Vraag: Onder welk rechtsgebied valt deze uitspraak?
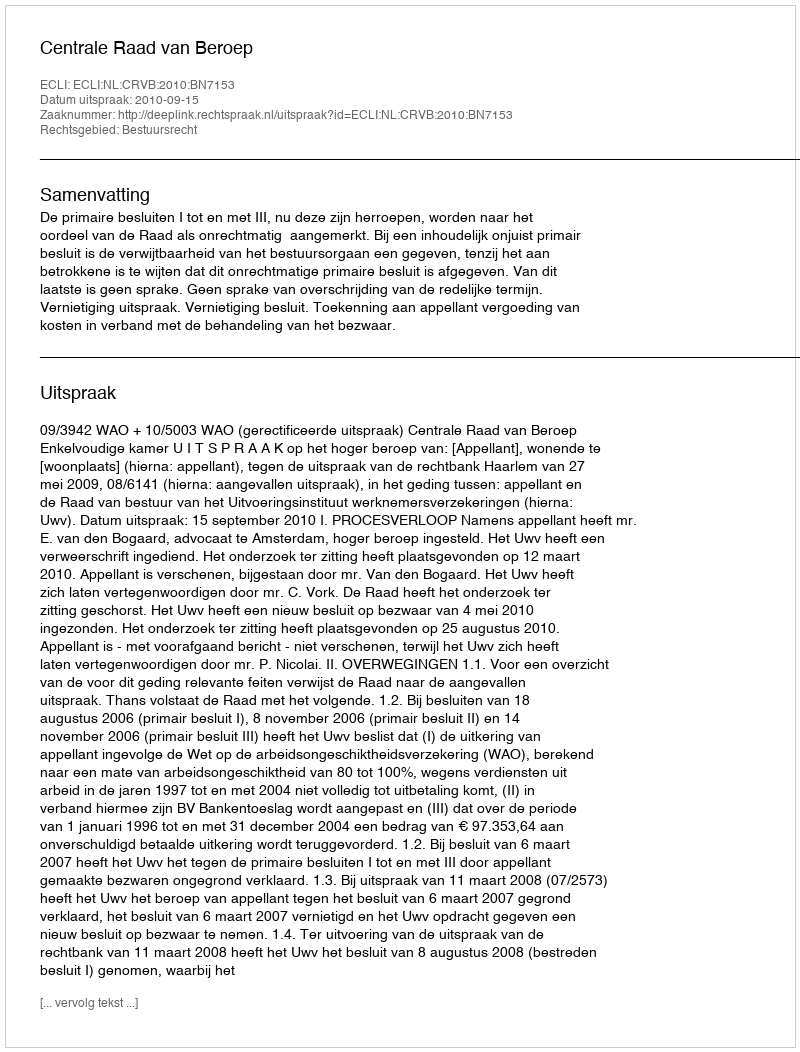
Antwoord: Bestuursrecht